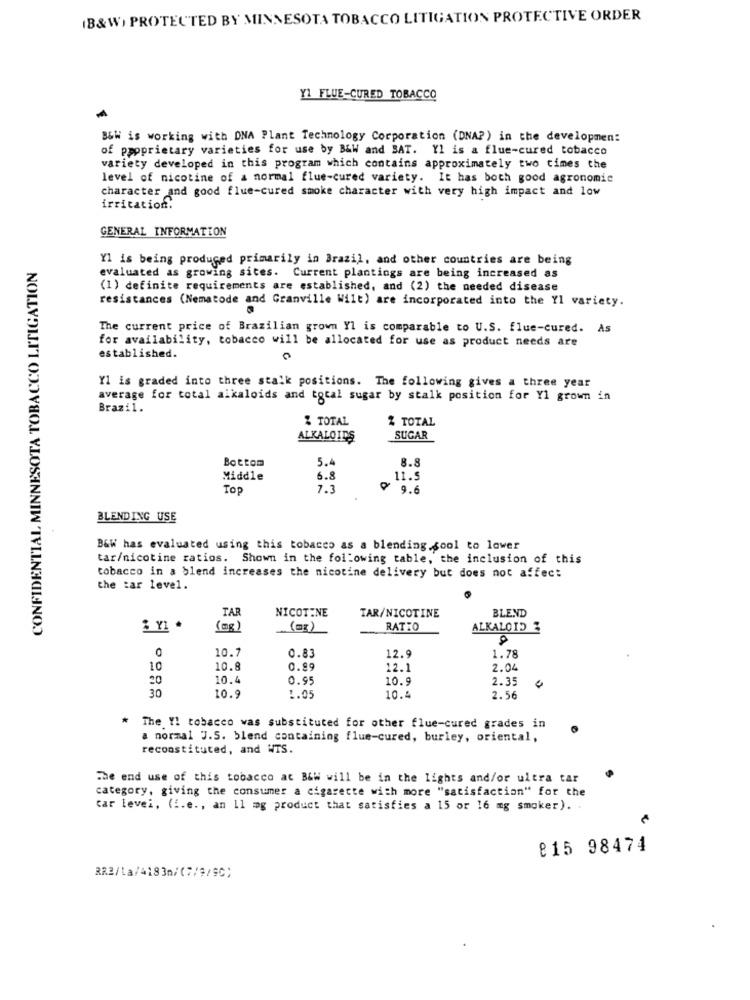
IB&W) PROTECTED BY MINNESOTA TOBACCO LITIGATION PROTECTIVE ORDER
Y1 FLUE-CURED TOBACCO
B&W is working with DNA Plant Technology Corporation (DNA?) in the developmen:
of proprietary varieties for use by B&W and SAT. Yl is a flue-cured tobacco
variety developed in this program which contains approximately two times the
level of nicotine of a normal flue-cured variety. It has both good agronomic
character and good flue-cured smoke character with very high impact and low
irritation.
GENERAL INFORMATION
CONFIDENTIAL MINNESOTA TOBACCO LITIGATION
Yl is being produced primarily in Brazil, and other countries are being
evaluated as growing sites. Current plantings are being increased as
(1) definite requirements are established, and (2) the needed disease
resistances (Nematode and Granville Wilt) are incorporated into the Yl variety.
The current price of Brazilian grown Yl is comparable to U.S. flue-cured. As
for availability, tobacco will be allocated for use as product needs are
established.
0
Y1 is graded into three stalk positions. The following gives a three year
average for total alkaloids and total sugar by stalk position for Y1 grown in
Brazil.
% TOTAL
2 TOTAL
ALKALOIDS
SUGAR
Bottom
5.4
8.8
Middle
6.8
11.5
Top
7.3
9.6
BLENDING USE
B&W has evaluated using this tobacco as a blending gool to lower
tar/nicotine ratios. Shown in the following table, the inclusion of this
tobacco in a blend increases the nicotine delivery but does not affect
the tar level.
NICOTINE
TA
TAR/NICOTINE
BLEND
(mg)
(mg)
RATIO
ALKALOID 2
10.7
0.83
12.9
1.78
10
10.8
0.99
12.1
2.04
20
10.4
0.95
10.9
2.35
30
10.9
1.05
10.4
2.56
* The Y! tobacco was substituted for other flue-cured grades in
a normal J.S. blend containing flue-cured, burley, oriental,
reconstituted, and WTS.
The end use of this tobacco at B&w will be in the lights and/or ultra tar
category, giving the consumer a cigarette with more "satisfaction" for the
car levei, (i.e ., an 11 mg product that satisfies a 15 or 16 mg smoker). .
815 98474